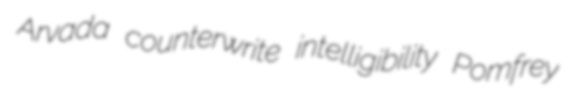
Arvada counterwrite intelligibility Pomfrey